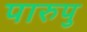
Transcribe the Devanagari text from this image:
पारुपु